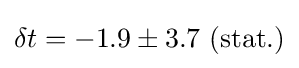
\delta t=-1.9\pm 3.7\ (\mathrm {stat.} )